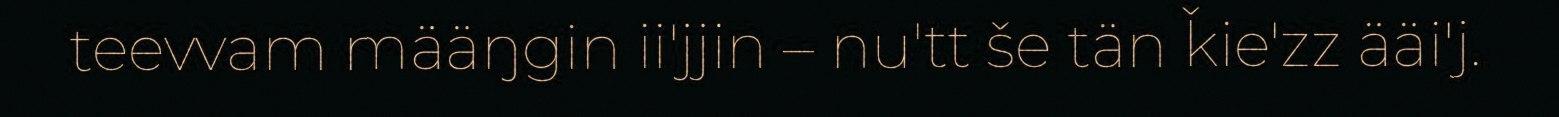
teevvam määŋgin ii'jjin – nu'tt še tän ǩie'zz ääi'j.